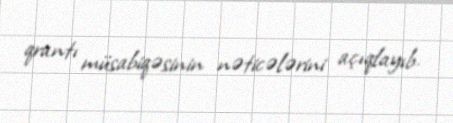
qrantı müsabiqəsinin nəticələrini açıqlayıb.